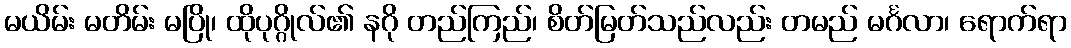
မယိမ်း မတိမ်း မပြို၊ ထိုပုဂ္ဂိုလ်၏ နဂို တည်ကြည်၊ စိတ်မြတ်သည်လည်း တမည် မင်္ဂလာ၊ ရောက်ရာ